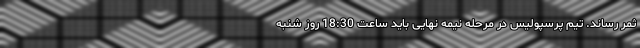
ثمر رساند. تیم پرسپولیس در مرحله نیمه نهایی باید ساعت 18:30 روز شنبه